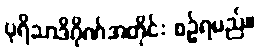
ပုရိသာဒိဂိုဏ်အတိုင်း စဉ်ရမည်။